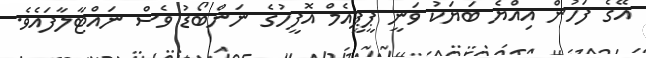
އޭގެ ފަހުން އިއްޔެ ބަޔަކު ވަނީ ޕީޕީއެމް އޮފީހުގެ ނަންބޯޑު ވެސް ނައްޓާލާފައެވެ.